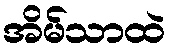
အိမ်သာထဲ